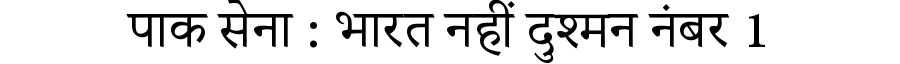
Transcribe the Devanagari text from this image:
पाक सेना : भारत नहीं दुश्मन नंबर 1